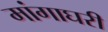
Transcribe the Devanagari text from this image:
मांगाघरी